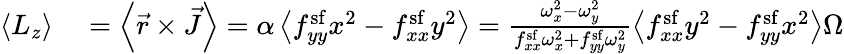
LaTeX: \begin{array}{rl}{\left<L_{z}\right>}&{{}=\left<\vec{r}\times\vec{J}\right>=\alpha\left<f_{yy}^{\mathrm{sf}}x^{2}-f_{xx}^{\mathrm{sf}}y^{2}\right>=\frac{\omega_{x}^{2}-\omega_{y}^{2}}{f_{xx}^{\mathrm{sf}}\omega_{x}^{2}+f_{yy}^{\mathrm{sf}}\omega_{y}^{2}}\left<f_{xx}^{\mathrm{sf}}y^{2}-f_{yy}^{\mathrm{sf}}x^{2}\right>\Omega}\end{array}